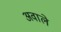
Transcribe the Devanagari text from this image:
अवाले